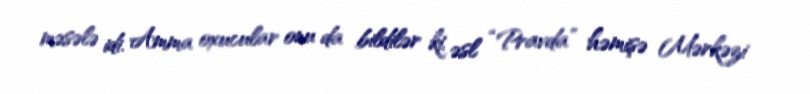
məsələ idi. Amma oxucular onu da bildilər ki, əsl “Pravda” həmişə Mərkəzi